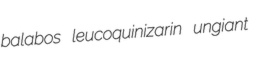
balabos leucoquinizarin ungiant